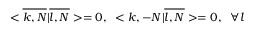
< \overline { { { k , N } } } | \overline { { { l , N } } } > = 0 , \; \; < k , - N | \overline { { { l , N } } } > = 0 , \; \; \forall l